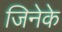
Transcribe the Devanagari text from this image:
जिनेके